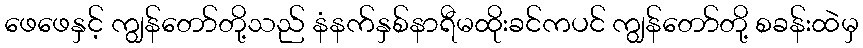
ဖေဖေနှင့် ကျွန်တော်တို့သည် နံနက်နှစ်နာရီမထိုးခင်ကပင် ကျွန်တော်တို့ စခန်းထဲမှ